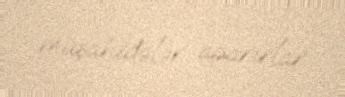
müşahidələr aparırlar.